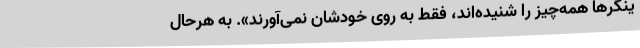
ینگرها همه‌چیز را شنیده‌اند، فقط به روی خودشان نمی‌آورند». به هرحال